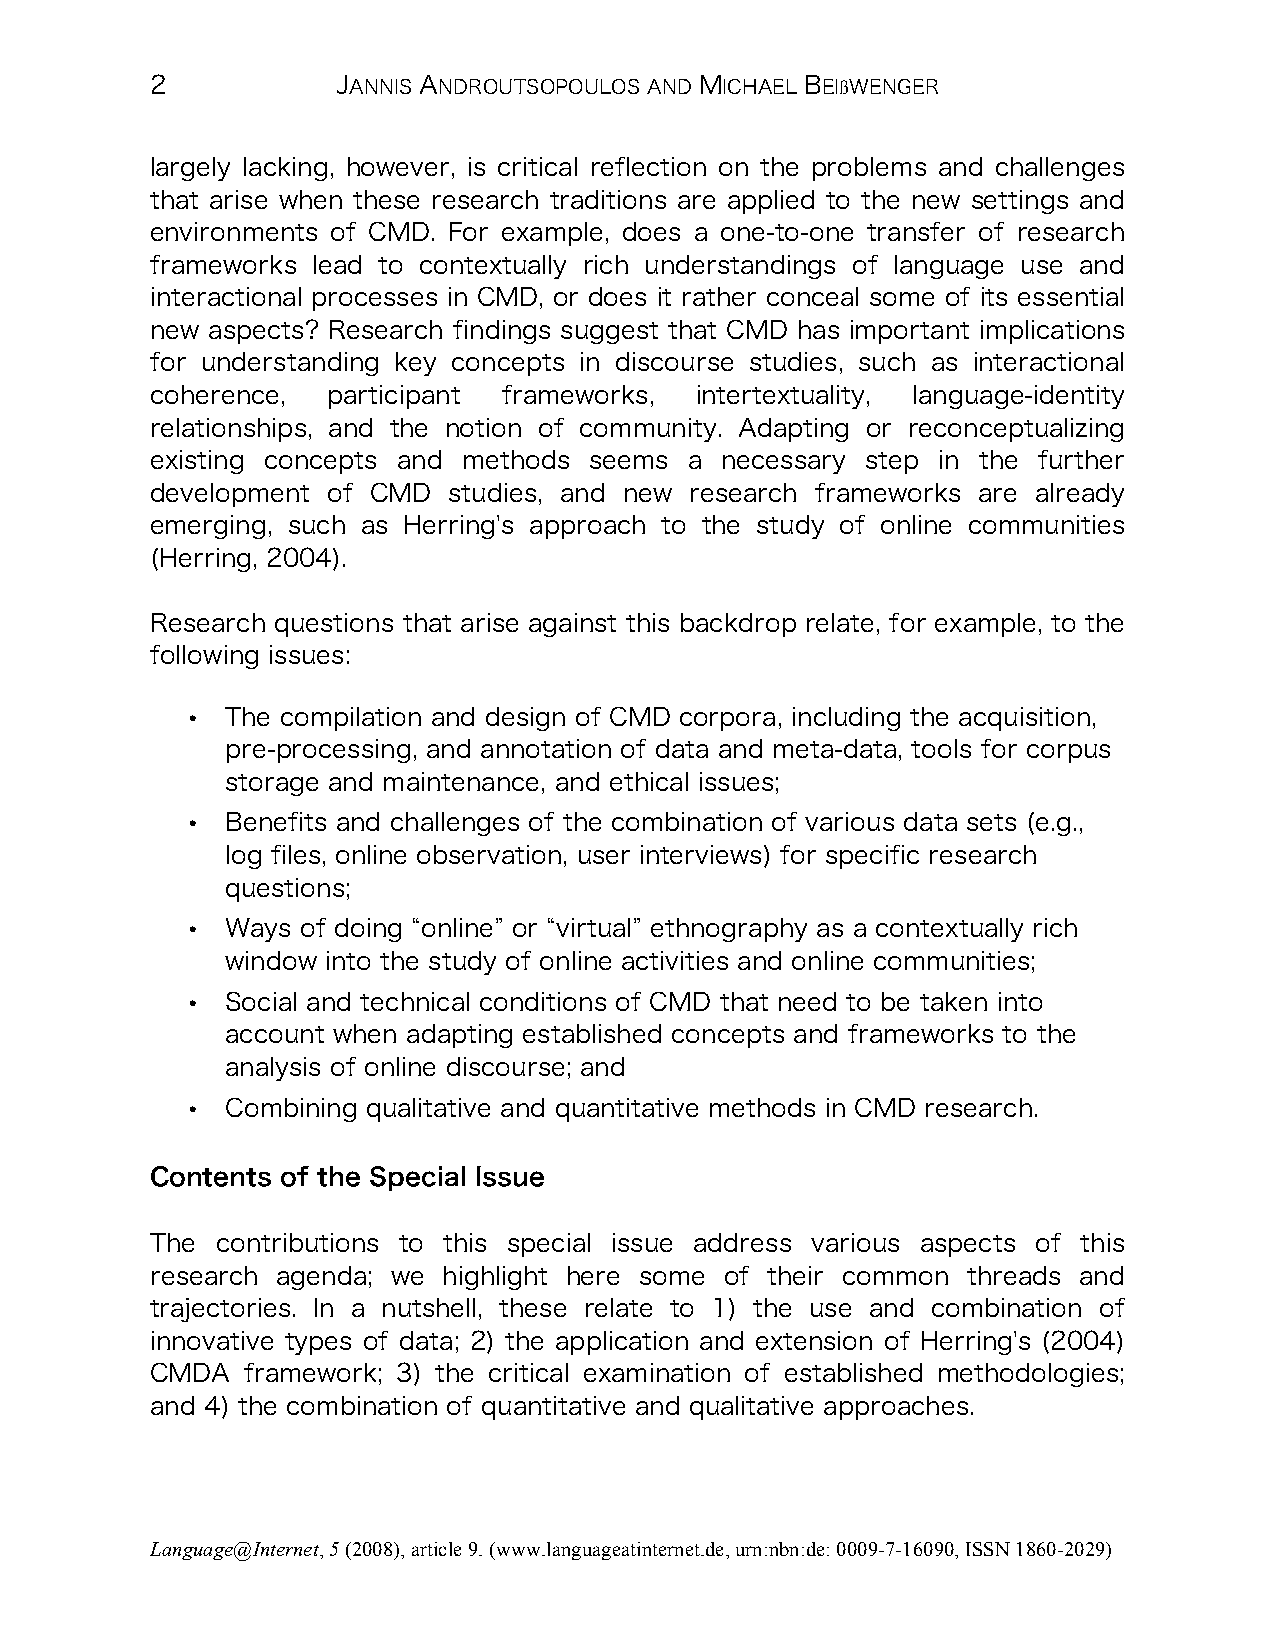
2           JANNIS ANDROUTSOPOULOS AND MICHAEL BEIßWENGER
 largely lacking, however, is critical reflection on the problems and challenges
 that arise when these research traditions are applied to the new settings and
 environments of CMD. For example, does a one-to-one transfer of research
 frameworks lead to contextually rich understandings of language use and
 interactional processes in CMD, or does it rather conceal some of its essential
 new aspects? Research findings suggest that CMD has important implications
 for understanding key concepts in discourse studies, such as interactional
 coherence,  participant frameworks, intertextuality, language-identity
 relationships, and the notion of community. Adapting or reconceptualizing
 existing concepts and methods seems a necessary step in the further
 development of CMD  studies, and new research frameworks are already
 emerging, such as Herring's approach to the study of online communities
 (Herring, 2004).
 Research questions that arise against this backdrop relate, for example, to the
 following issues:
 •
 The compilation and design of CMD corpora, including the acquisition,
 pre-processing, and annotation of data and meta-data, tools for corpus
 storage and maintenance, and ethical issues;
 •
 Benefits and challenges of the combination of various data sets (e.g.,
 log files, online observation, user interviews) for specific research
 questions;
 •
 Ways of doing “online” or “virtual” ethnography as a contextually rich
 window into the study of online activities and online communities;
 •
 Social and technical conditions of CMD that need to be taken into
 account when adapting established concepts and frameworks to the
 analysis of online discourse; and
 •
 Combining qualitative and quantitative methods in CMD research.
 Contents of the Special Issue
 The contributions to this special issue address various aspects of this
 research agenda; we highlight here some of their common threads and
 trajectories. In a nutshell, these relate to 1) the use and combination of
 innovative types of data; 2) the application and extension of Herring's (2004)
 CMDA  framework; 3) the critical examination of established methodologies;
 and 4) the combination of quantitative and qualitative approaches.
 Language@Internet, 5 (2008), article 9. (www.languageatinternet.de, urn:nbn:de: 0009-7-16090, ISSN 1860-2029)